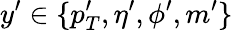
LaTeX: y^{\prime}\in\{ p_{T}^{\prime},\eta^{\prime},\phi^{\prime},m^{\prime}\}